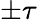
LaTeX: \pm\tau